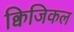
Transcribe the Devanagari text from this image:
क्विजिकल